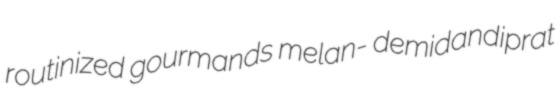
routinized gourmands melan- demidandiprat